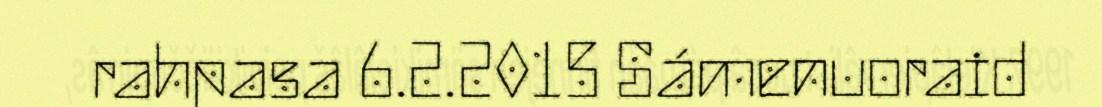
rahpasa 6.2.2015 Sámenuoraid